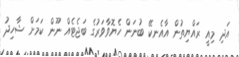
އަދި މިއީ ރައްޔިތުން އާއެނކޭ ބުނަން ހެޔޮވާވަރުގެ ބަޖެޓެއް ނޫން ކަމަށް ޝާހިދު